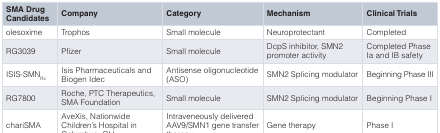
<table><thead><tr><td><b>SMA DrugCandidates</b></td><td><b>Company</b></td><td><b>Category</b></td><td><b>Mechanism</b></td><td><b>Clinical Trials</b></td></tr></thead><tbody><tr><td>olesoxime</td><td>Trophos</td><td>Small molecule</td><td>Neuroprotectant</td><td>Completed</td></tr><tr><td>RG3039</td><td>Pfizer</td><td>Small molecule</td><td>DcpS inhibitor, SMN2promoter activity</td><td>Completed PhaseIa and IB safety</td></tr><tr><td>ISIS-SMN<sub>Rx</sub></td><td>Isis Pharmaceuticals andBiogen Idec</td><td>Antisense oligonucleotide(ASO)</td><td>SMN2 Splicing modulator</td><td>Beginning Phase III</td></tr><tr><td>RG7800</td><td>Roche, PTC Therapeutics,SMA Foundation</td><td>Small molecule</td><td>SMN2 Splicing modulator</td><td>Beginning Phase I</td></tr><tr><td>chariSMA</td><td>AveXis, NationwideChildren’s Hospital inColumbus, OH</td><td>Intraveneously deliveredAAV9/SMN1 gene transfertherapy</td><td>Gene therapy</td><td>Phase I</td></tr></tbody></table>